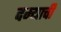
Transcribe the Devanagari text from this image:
दम्याची